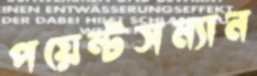
পয়েন্টসম্যান